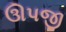
ઊપજી